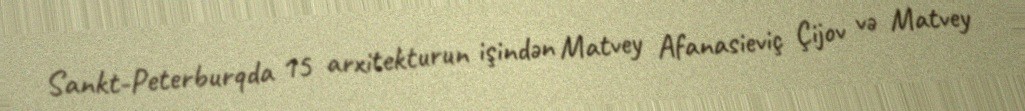
Sankt-Peterburqda 15 arxitekturun işindən Matvey Afanasieviç Çijov və Matvey